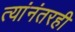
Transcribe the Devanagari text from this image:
त्यांनंतरही